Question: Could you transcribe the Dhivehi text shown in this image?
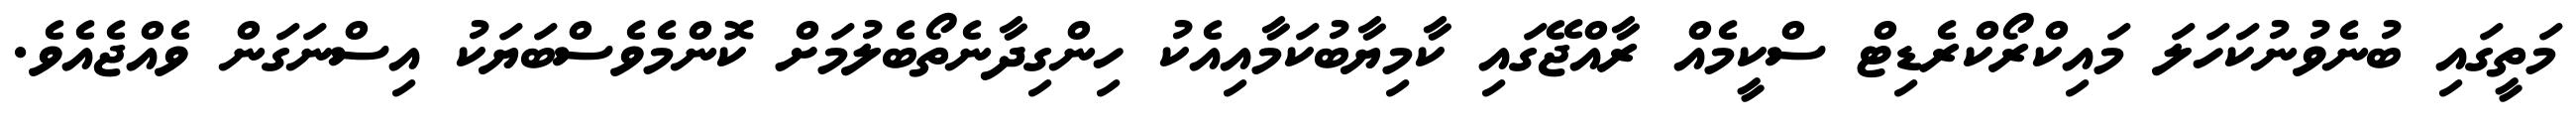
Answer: މަތީގައި ބުނެވުނުކަހަލަ މައިކްރޯކްރެޑިޓް ސްކީމެއް ރާއްޖޭގައި ކާމިޔާބުކަމާއިއެކު ހިންގިދާނެތޯބެލުމަށް ކޮންމެވެސްބަޔަކު އިސްނަގަން ވެއްޖެއެވެ.